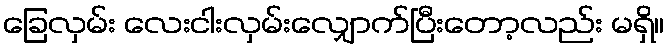
ခြေလှမ်း လေးငါးလှမ်းလျှောက်ပြီးတော့လည်း မရှိ။